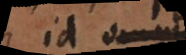
id in